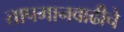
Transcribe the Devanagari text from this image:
तापमानवाढीचे